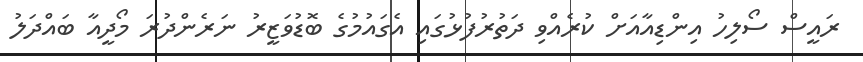
ރައީސް ސޯލިހު އިންޑިއާއަށް ކުރެއްވި ދަތުރުފުޅުގައި އެގައުމުގެ ބޮޑުވަޒީރު ނަރެންދުރަ މޯދީއާ ބައްދަލު